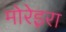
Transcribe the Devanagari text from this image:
मोरेइरा